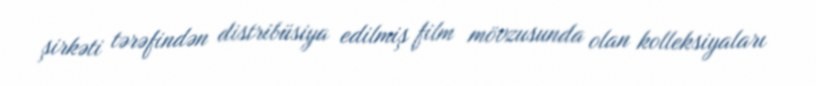
şirkəti tərəfindən distribüsiya edilmiş film mövzusunda olan kolleksiyaları